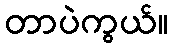
တာပဲကွယ်။